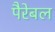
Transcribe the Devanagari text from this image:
पैरेबल